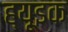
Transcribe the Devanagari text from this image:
ह्यूइक